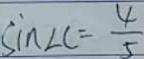
\sin \angle C = \frac { 4 } { 5 }